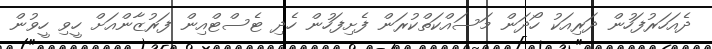
ދެއަހަރުފަހުން ދަރިއަކު ހޯދަން މަސައްކަތްކުރަން ފެށިފަހުން ހެދި ޓެސްޓްއިން ފަރުޒާންއަށް ހީވި ހީވުން